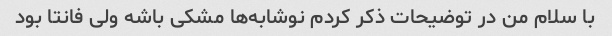
با سلام من در توضیحات ذکر کردم نوشابه‌ها مشکى باشه ولى فانتا بود